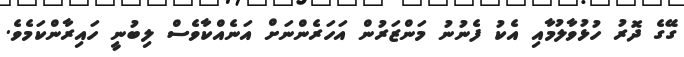
ގޭގެ ދޮރު ހުޅުވާލުމާއި އެކު ފެނުނު މަންޒަރުން އަހަރެންނަށް އަނެއްކާވެސް ލިބުނީ ހައިރާންކަމެވެ.